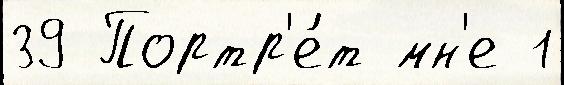
39 Портр'е́т мн'е 1